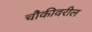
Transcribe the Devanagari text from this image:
चौकीवरील